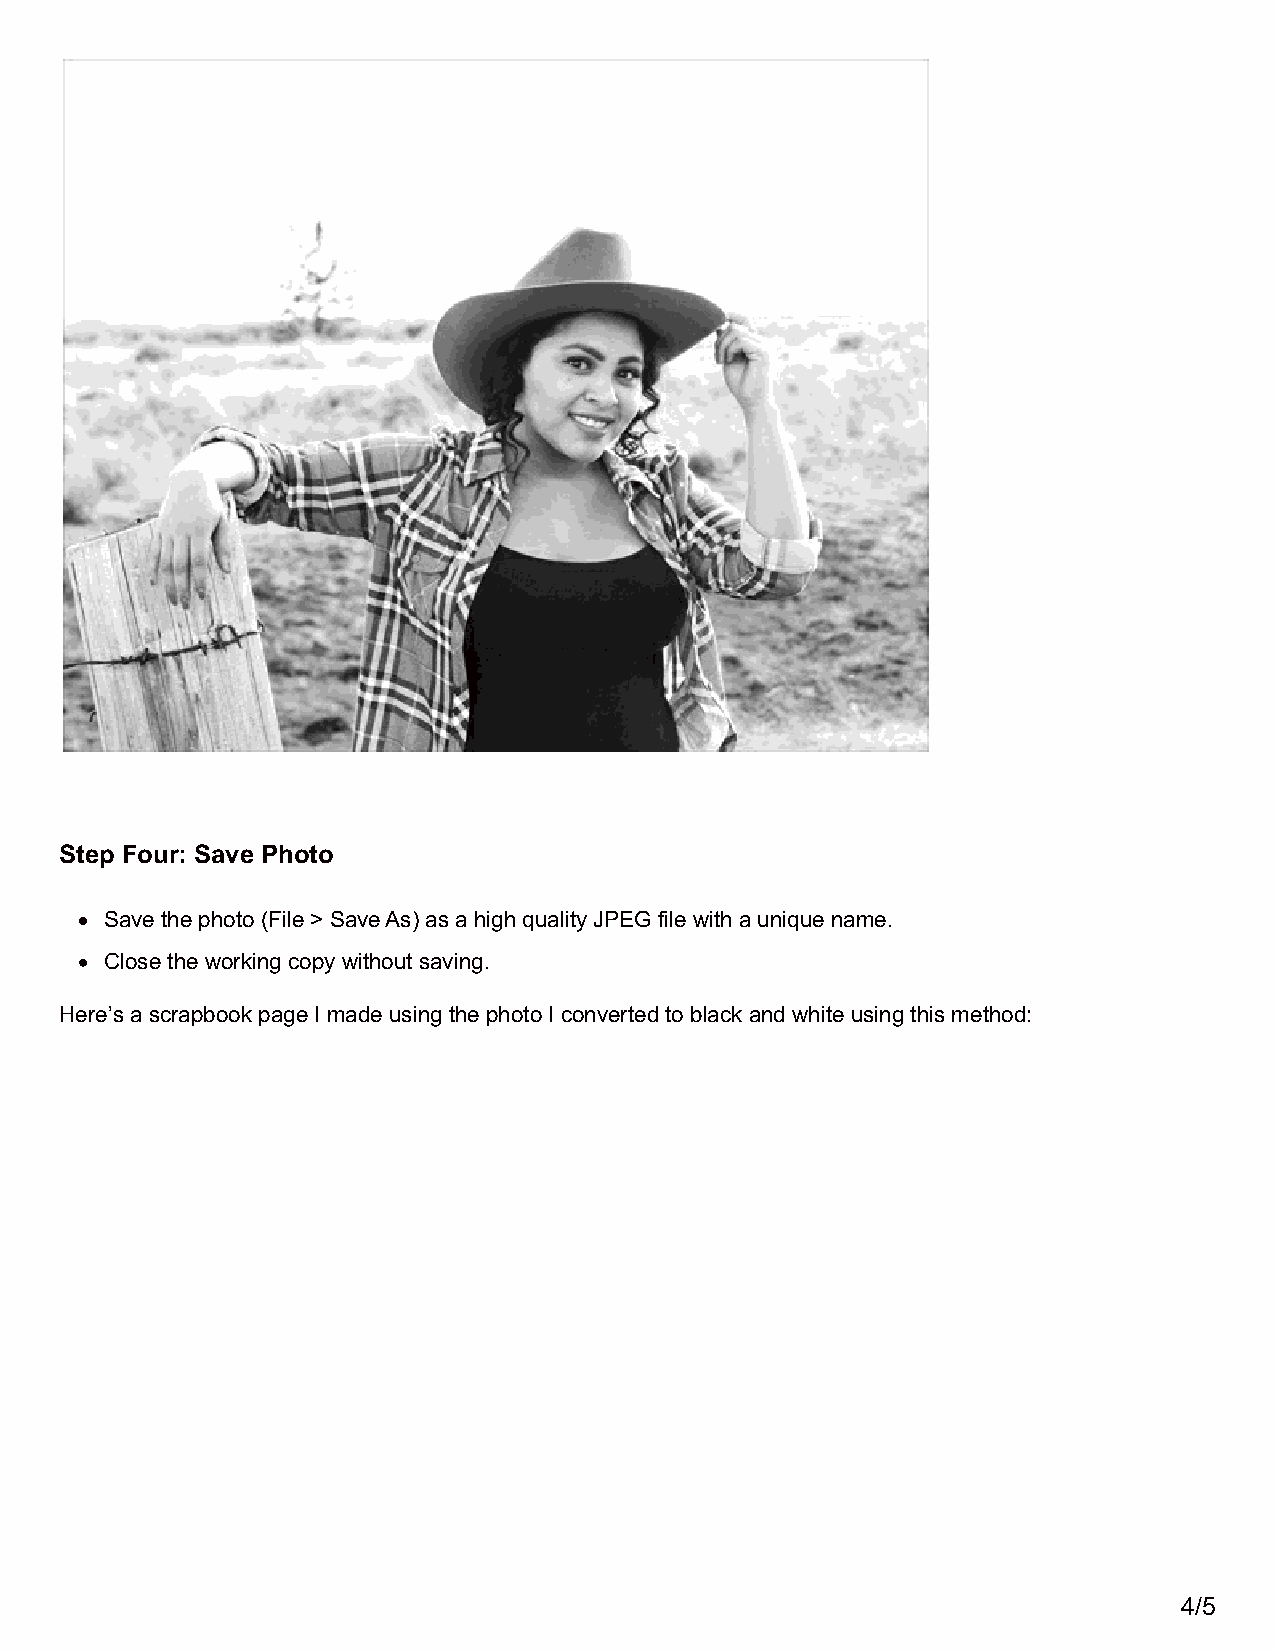
Step Four: Save Photo
 Save the photo (File > Save As) as a high quality JPEG file with a unique name.
 Close the working copy without saving.
 Here’s a scrapbook page I made using the photo I converted to black and white using this method:
 4/5